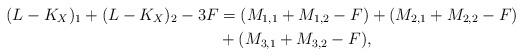
LaTeX: \begin{align*}(L-K_X)_1+(L-K_X)_2-3F &= (M_{1,1}+M_{1,2}-F) + (M_{2,1}+M_{2,2}-F) \\& + (M_{3,1}+M_{3,2}-F), \end{align*}